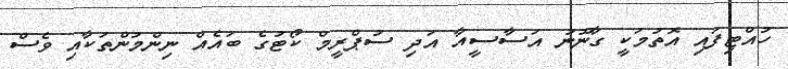
ހުއްޓިފައި އޮތުމަކީ ގާނޫނު އަސާސީއާ އަދި ސުޕްރީމް ކޯޓުގެ ބައެއް ނިންމުންތަކާއި ވެސް